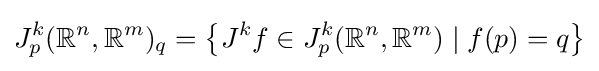
J_{p}^{k}({\mathbb {R} }^{n},{\mathbb {R} }^{m})_{q}=\left\{J^{k}f\in J_{p}^{k}({\mathbb {R} }^{n},{\mathbb {R} }^{m})\mid f(p)=q\right\}